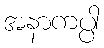
အနာကပ္ပါ